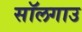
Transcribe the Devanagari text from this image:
सॉलगाउ